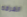
الغرفه